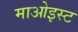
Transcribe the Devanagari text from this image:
माओइस्ट